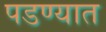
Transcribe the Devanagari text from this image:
पडण्यात